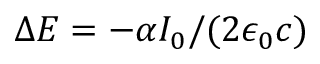
\Delta E = - \alpha I _ { 0 } / ( 2 \epsilon _ { 0 } c )